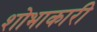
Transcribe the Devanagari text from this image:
शोभाकारी